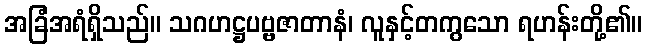
အခြံအရံရှိသည်။ သဂဟဋ္ဌပဗ္ဗဇာတာနံ၊ လူနှင့်တကွသော ရဟန်းတို့၏။